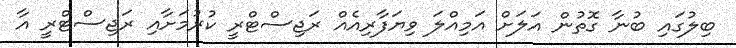
ބިލުގައި ބުނާ ގޮތުން އަލަށް އަމިއްލަ ވިޔަފާރިއެއް ރަޖިސްޓްރީ ކުރުމަށާއި ރަޖިސްޓްރީ އާ